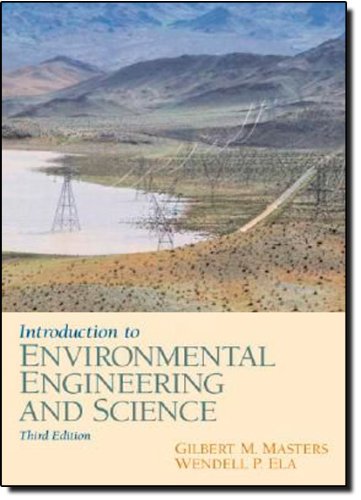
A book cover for Introduction to Environmental Engineering and Science (3rd Edition); Gilbert M. Masters; Science & Math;